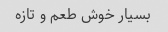
بسیار خوش طعم و تازه